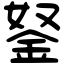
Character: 𨥬